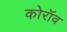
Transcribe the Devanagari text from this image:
कोरॉव